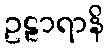
ဥဠာရာနိ